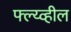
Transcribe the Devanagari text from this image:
फ्ल्य्व्हील